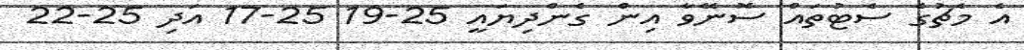
އެ މެޗުގެ ސެޓުތައް ސޮނޭވާ އިން ގެންދިޔައީ 25-19 25-17 އަދި 25-22